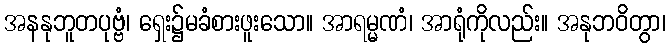
အနနုဘူတပုဗ္ဗံ၊ ရှေး၌မခံစားဖူးသော။ အာရမ္မဏံ၊ အာရုံကိုလည်း။ အနုဘဝိတွာ၊